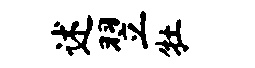
述翌牡